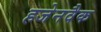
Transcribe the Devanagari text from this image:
हजेनवैक